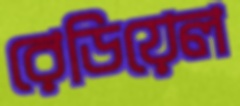
রেডিয়েল